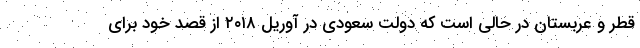
قطر و عربستان در حالی است که دولت سعودی در آوریل ۲۰۱۸ از قصد خود برای